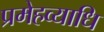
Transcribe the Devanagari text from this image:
प्रमेहव्याधि